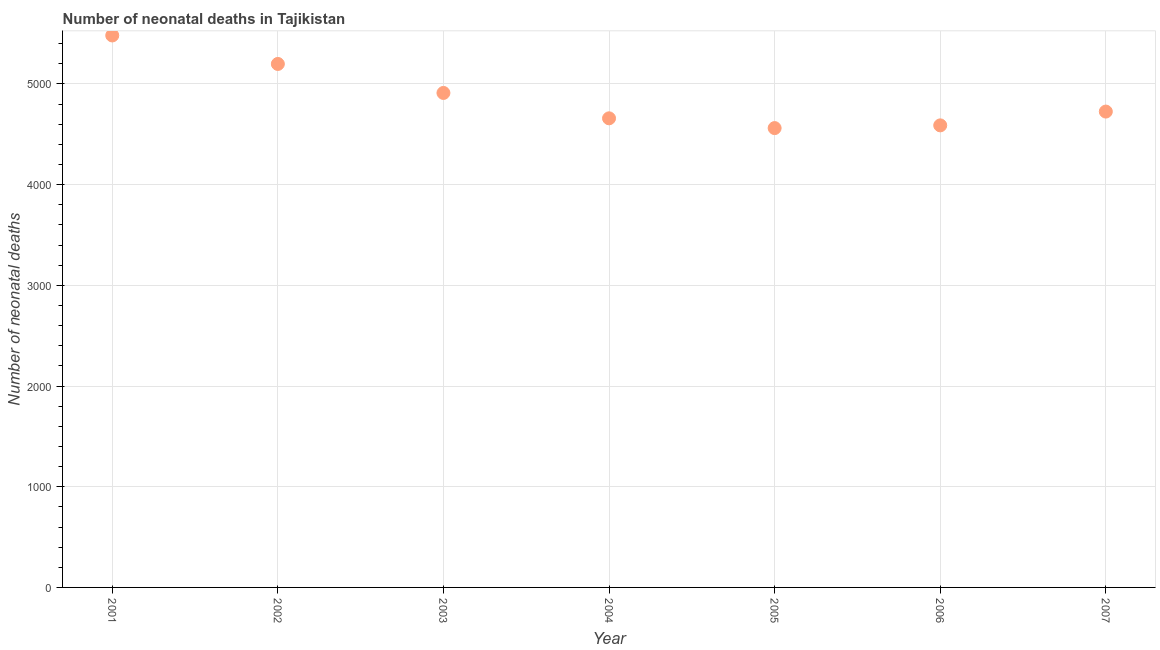
| Year | Neonatal deaths |
 | --- | --- |
 | 2001 | 5.48e+03 |
 | 2002 | 5.2e+03 |
 | 2003 | 4.91e+03 |
 | 2004 | 4.66e+03 |
 | 2005 | 4.56e+03 |
 | 2006 | 4.59e+03 |
 | 2007 | 4.73e+03 |